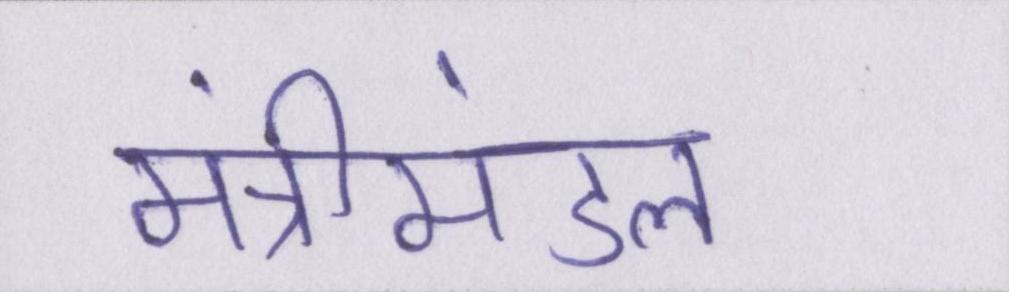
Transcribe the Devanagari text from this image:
मंत्रीमंडल